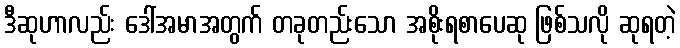
ဒီဆုဟာလည်း ဒေါ်အမာအတွက် တခုတည်းသော အစိုးရစာပေဆု ဖြစ်သလို ဆုရတဲ့